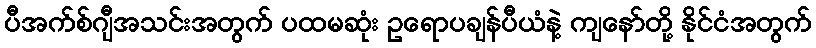
ပီအက်စ်ဂျီအသင်းအတွက် ပထမဆုံး ဥရောပချန်ပီယံနဲ့ ကျနော်တို့ နိုင်ငံအတွက်